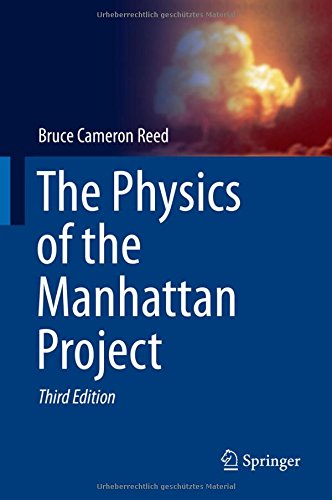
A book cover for The Physics of the Manhattan Project; Bruce Cameron Reed; Science & Math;